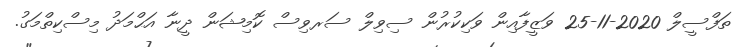
ތަފްސީލް 2020-11-25 ވަޒީފާއިން ވަކިކުރުން ސިވިލް ސަރވިސް ކޮމިޝަން ދީނާ އަޙްމަދު މިސްކިތްމަގު.